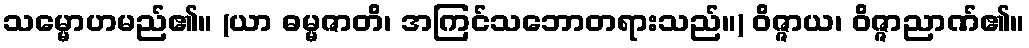
သမ္မောဟမည်၏။ (ယာ ဓမ္မဇာတိ၊ အကြင်သဘောတရားသည်။) ဝိဇ္ဇာယ၊ ဝိဇ္ဇာညာဏ်၏။